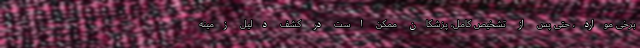
برخی موارد، حتی پس از تشخیص کامل، پزشکان ممکن است در کشف دلیل زمینه